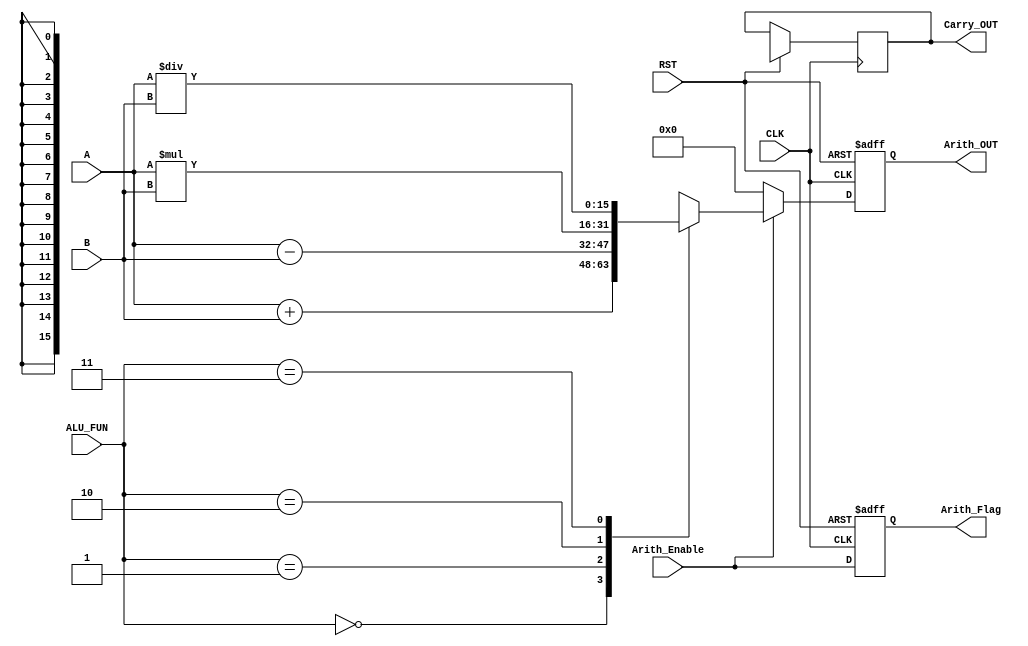
module ARITHMETIC_UNIT #(parameter IN_DATA_WIDTH =16, 
                         parameter OUT_DATA_WIDTH = 16)
  (
  input   wire   [IN_DATA_WIDTH-1:0]          A,
  input   wire   [IN_DATA_WIDTH-1:0]          B,
  input   wire   [1:0]                        ALU_FUN,
  input   wire                                CLK,
  input   wire                                RST,
  input   wire                                Arith_Enable,
  output  reg    [OUT_DATA_WIDTH-1:0]          Arith_OUT,
  output  reg                                 Carry_OUT,
  output  reg                                 Arith_Flag                  
  );
  
  always @ (posedge CLK or negedge RST)
  begin
    Arith_OUT <= 'b0 ;
    if (!RST)
      begin
        Arith_OUT <= 'b0;
        Arith_Flag <= 1'b0;
      end
    else
      begin
    if(Arith_Enable)
      begin
        case(ALU_FUN)
          2'b00:
          begin
          Arith_OUT <= A+B;
          end
          2'b01:
          begin
          Arith_OUT <= A-B;
          end
          2'b10:
          begin
          Arith_OUT <= A*B;
          end
          2'b11:
          begin
          Arith_OUT <= A/B;
          end
        endcase
      end
      else
        begin
          Arith_OUT <= 'b0 ;
        end
        Carry_OUT <= Arith_OUT[IN_DATA_WIDTH];
        Arith_Flag <= Arith_Enable;
      end
      end
  
  
endmodule